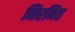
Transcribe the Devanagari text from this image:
निरमित